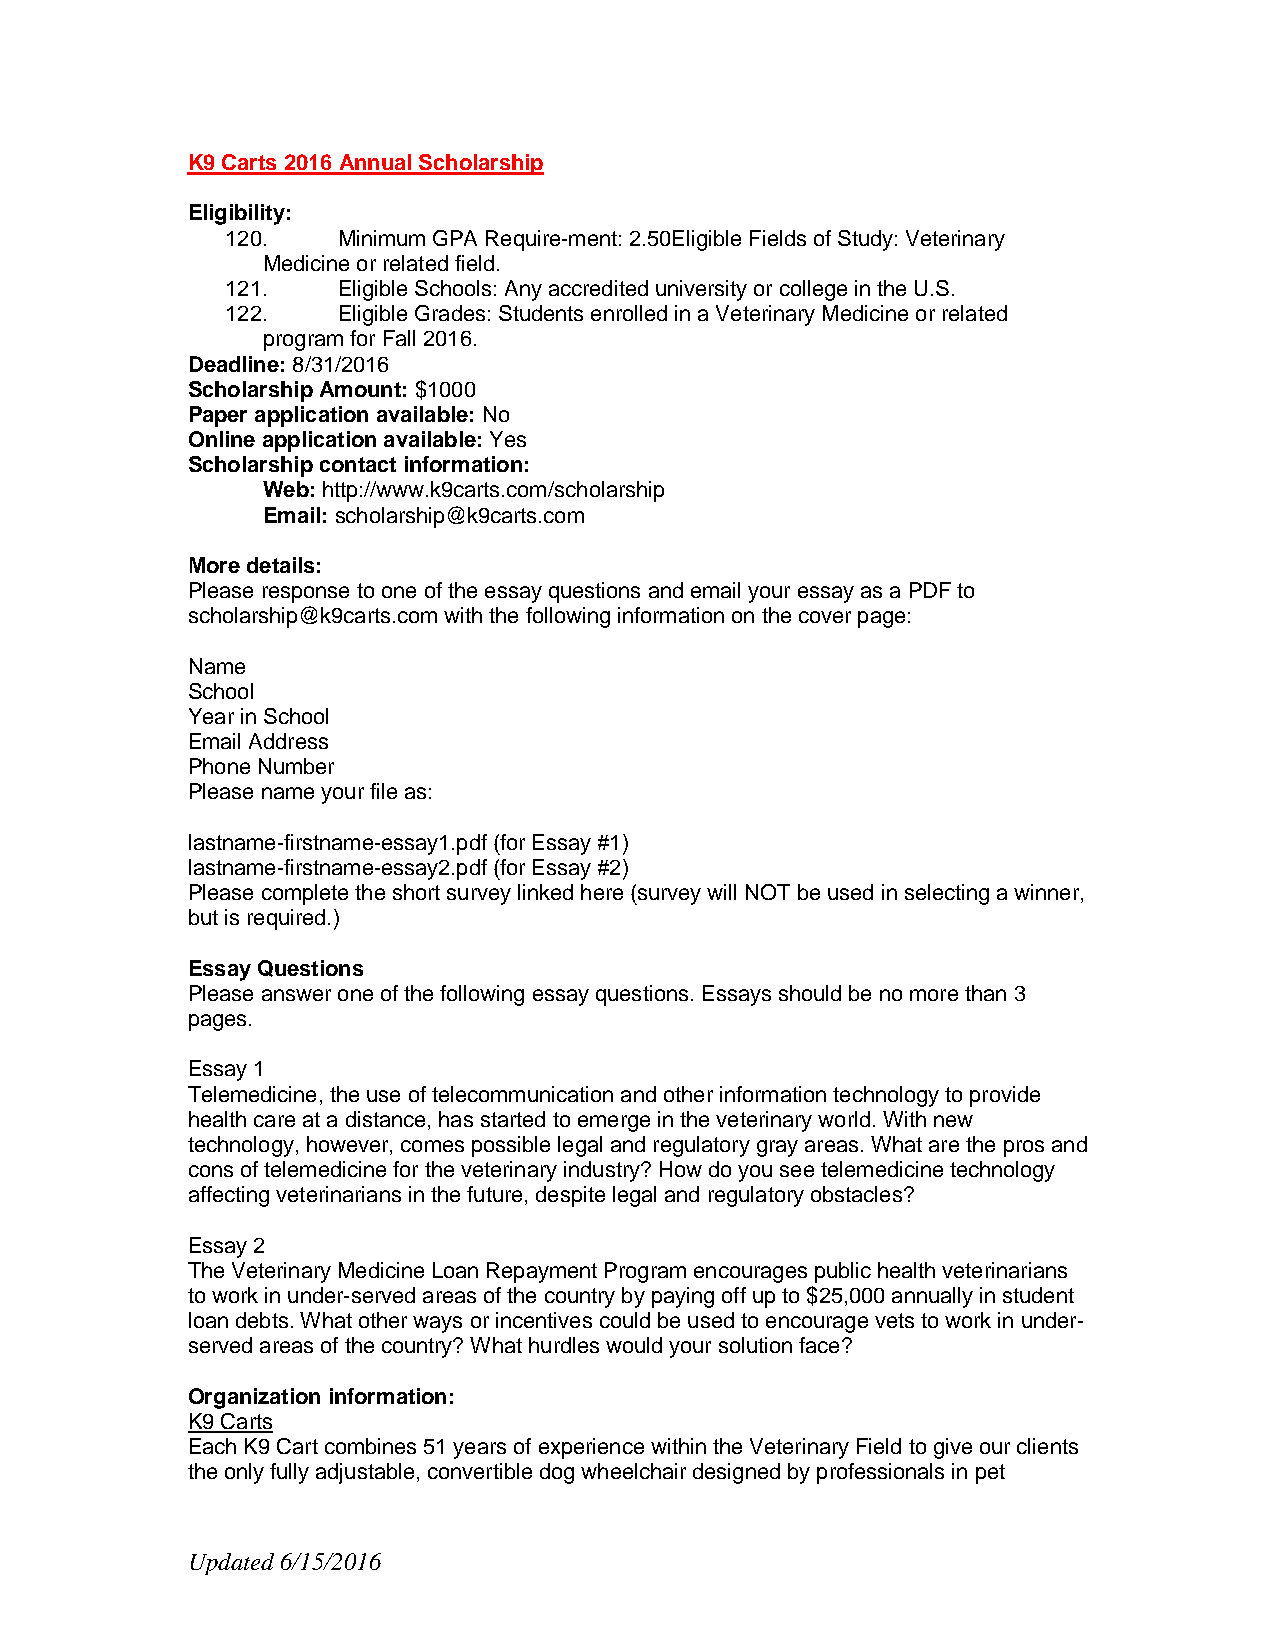
K9 Carts 2016 Annual Scholarship
 Eligibility:
 120.   Minimum GPA Require ment: 2.50Eligible Fields of Study: Veterinary
 Medicine or related field.
 121.   Eligible Schools: Any accredited university or college in the U.S.
 122.   Eligible Grades: Students enrolled in a Veterinary Medicine or related
 program for Fall 2016.
 Deadline: 8/31/2016
 Scholarship Amount: $1000
 Paper application available: No
 Online application available: Yes
 Scholarship contact information:
 Web: http://www.k9carts.com/scholarship
 Email: scholarship@k9carts.com
 More details:
 Please response to one of the essay questions and email your essay as a PDF to
 scholarship@k9carts.com with the following information on the cover page:
 Name
 School
 Year in School
 Email Address
 Phone Number
 Please name your file as:
 lastname-firstname-essay1.pdf (for Essay #1)
 lastname-firstname-essay2.pdf (for Essay #2)
 Please complete the short survey linked here (survey will NOT be used in selecting a winner,
 but is required.)
 Essay Questions
 Please answer one of the following essay questions. Essays should be no more than 3
 pages.
 Essay 1
 Telemedicine, the use of telecommunication and other information technology to provide
 health care at a distance, has started to emerge in the veterinary world. With new
 technology, however, comes possible legal and regulatory gray areas. What are the pros and
 cons of telemedicine for the veterinary industry? How do you see telemedicine technology
 affecting veterinarians in the future, despite legal and regulatory obstacles?
 Essay 2
 The Veterinary Medicine Loan Repayment Program encourages public health veterinarians
 to work in under-served areas of the country by paying off up to $25,000 annually in student
 loan debts. What other ways or incentives could be used to encourage vets to work in under-
 served areas of the country? What hurdles would your solution face?
 Organization information:
 K9 Carts
 Each K9 Cart combines 51 years of experience within the Veterinary Field to give our clients
 the only fully adjustable, convertible dog wheelchair designed by professionals in pet
 Updated 6/15/2016